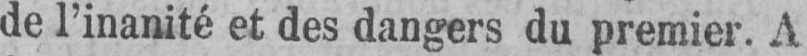
de l’inanité et des dangers du premier. A